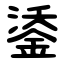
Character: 鋈